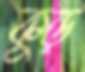
কুড়